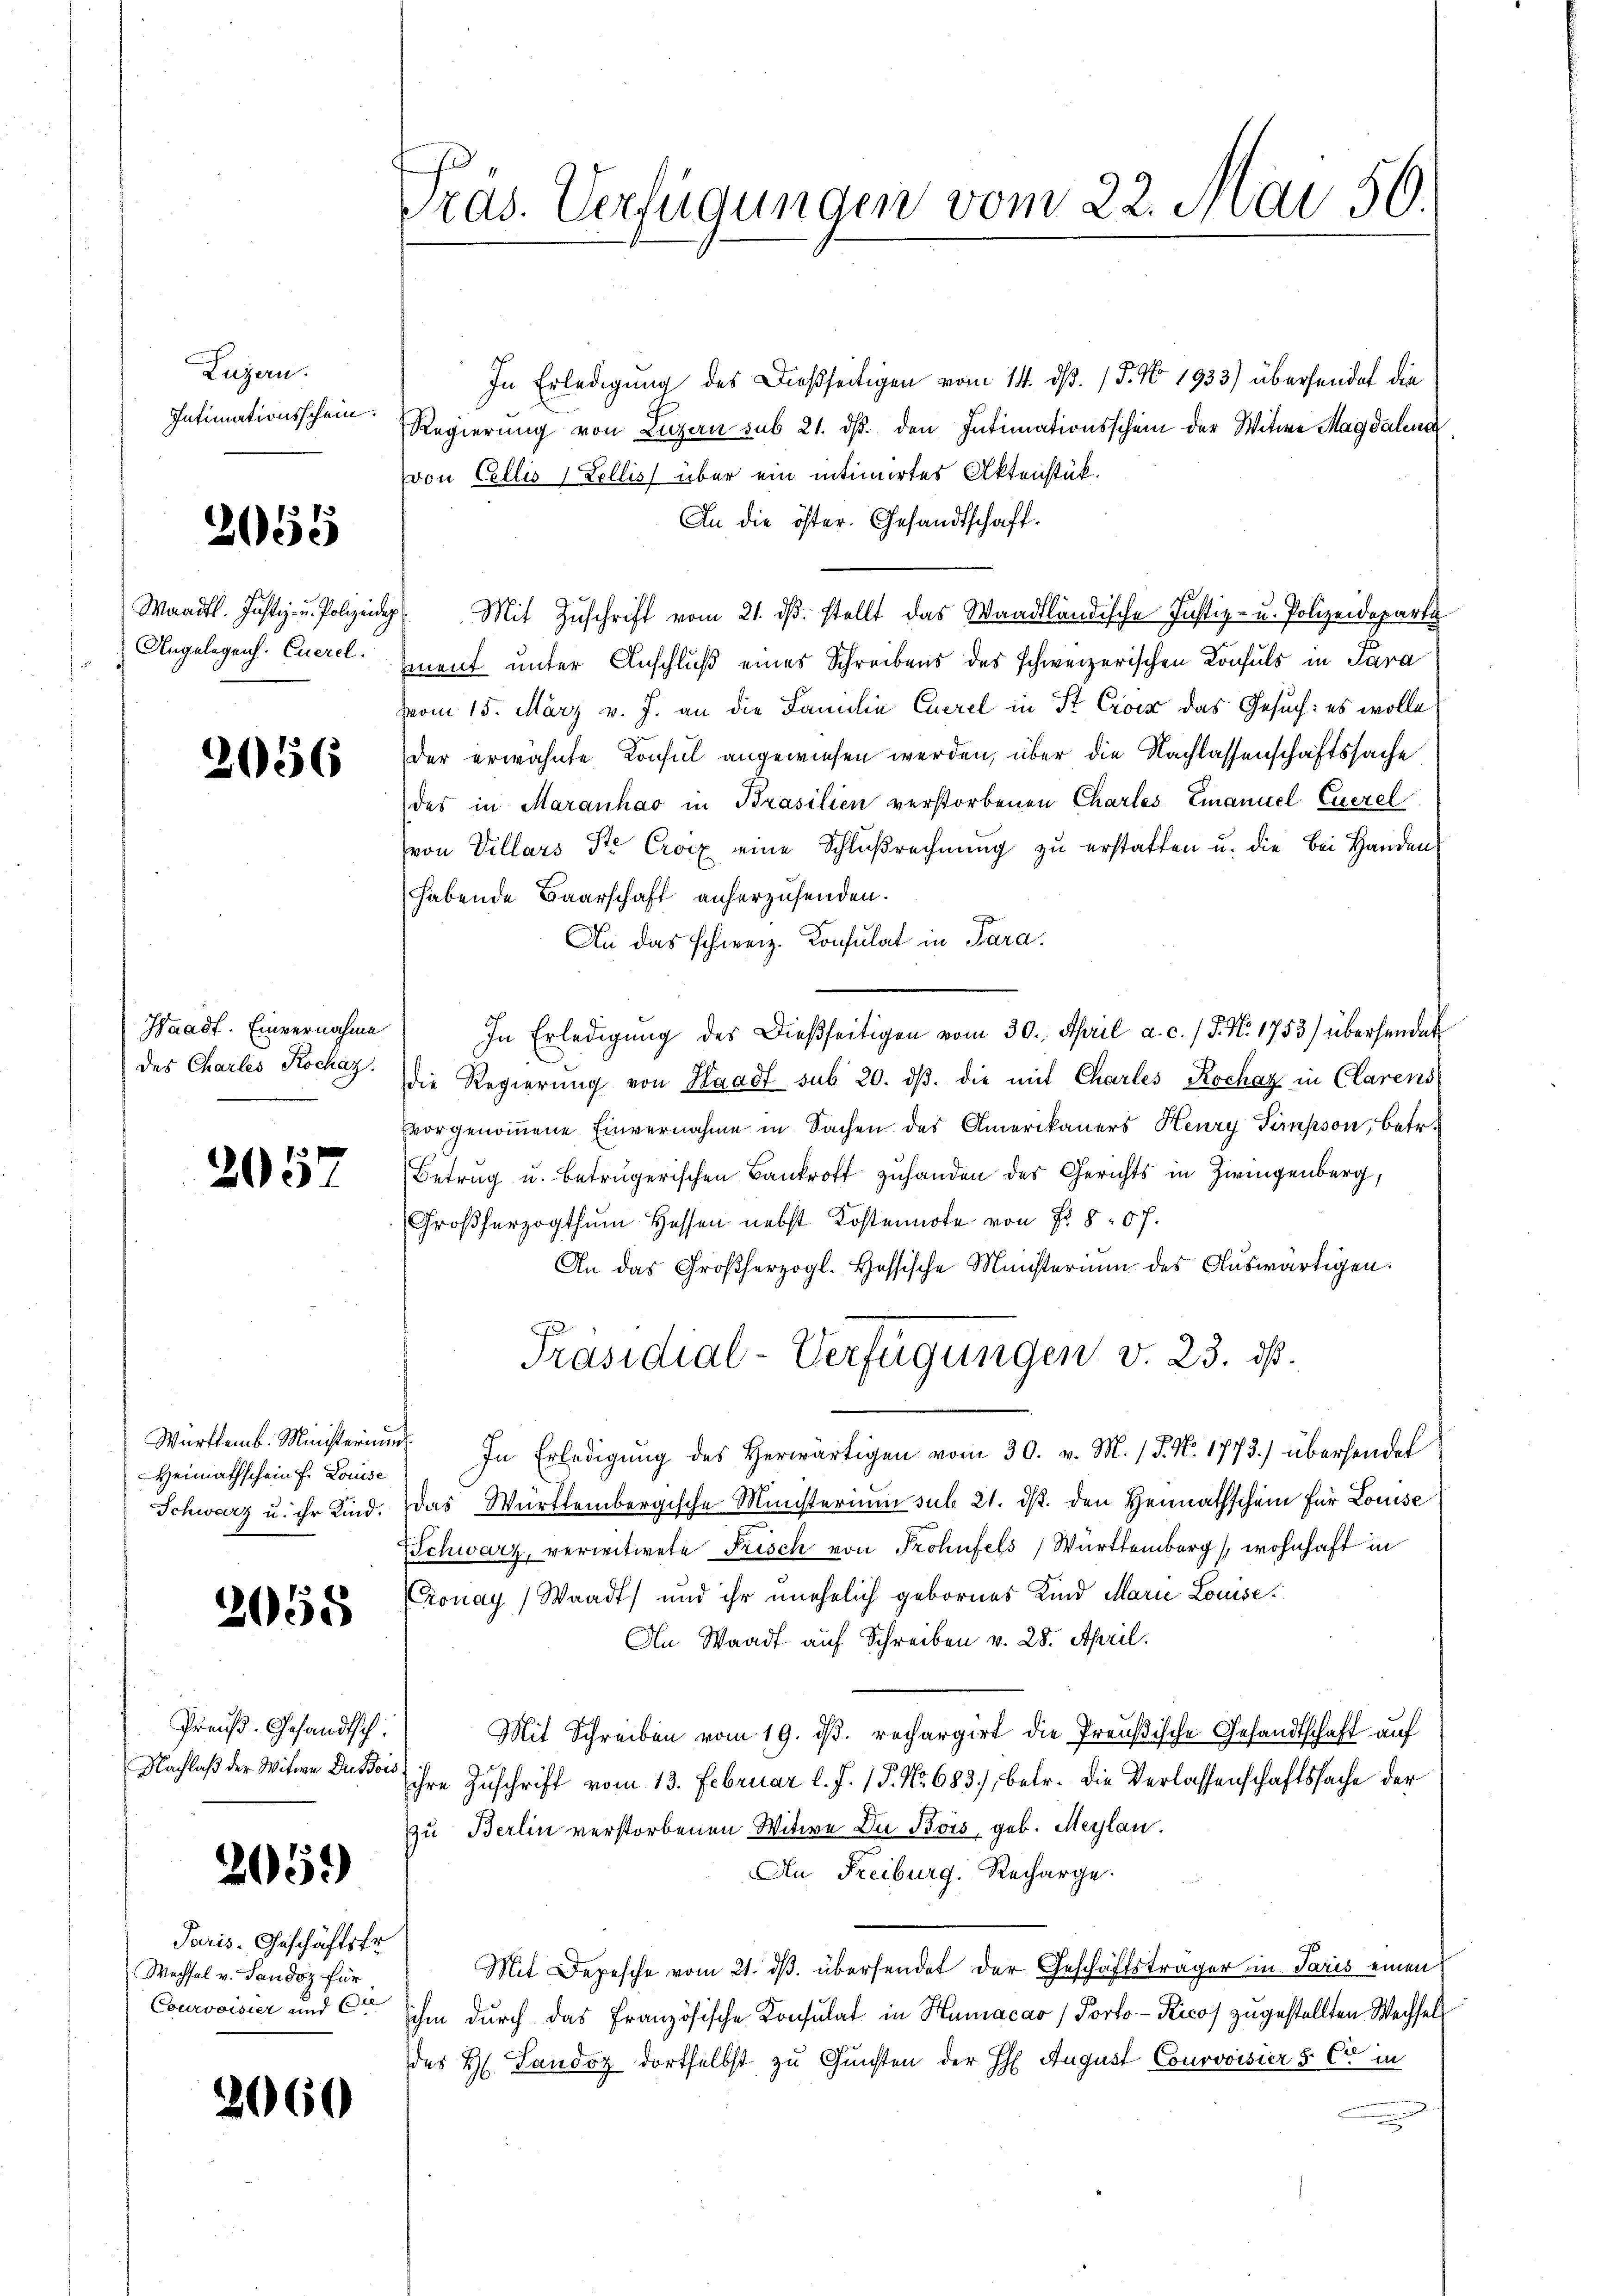
Luzern.
Intimationsschein.

2055

Waadt. Justiz- u. Polizeidig
Angelegens. Euerel.

2056

Waadt. Einvernahme
des Charles Rochaz.

2057.

Württemb. Ministerium
Heimathschein f. Louise

2055

Preuß. Gesandtsch.

2059)

Paris-Geschäftsfr.
Wachsel v. Sandoz für
Courvoisier und Cre

2060

Pras. Verfügungen vom 22. Mai 50.

In Erledigung des Dießseitigen vom 14. d. 15. No 1933) übersendet die
Regierung von Luzern sub 21. ds. den Intimationsschein der Witwe Magdalena
von Collis 1 Zollis über ein intimirtes Aktenstük.
An die öster. Gesandtschaft.
7 Mit Zuschrift vom 21. dβ. stellt das Waadtländische Justiz- u. Polizeideparte
ment unter Anschluß eines Schreibens des schweizerischen Konsuls in Para
vom 15. März v. J. an die Familie Euerel in St. Civis das Gesuch: es wolle
der erwähnte Konsul angewiesen werden, über die Nachlassenschaftssache
des in Maranhar in Brasilien verstorbenen Charles Emanuel Euerel
von Villars Sr. Croix eine Schlußrechnŭng zu erstatten u. die bei Handen
habende Baarschaft anherzusenden.
An das schweiz. Konsulat in Para
In Erledigŭng des dießseitigen vom 30. April a. c. / 5. No. 1753) übersendet
die Regierung von Waadt sub 20. dβ. die mit Charles Kochaz in Clarens
Evorgenoṁene Einvernahme in Sachen des Amerikaners Henry Simpson, betr.
Betrug u. beträgerischen Bankroff zuhanden des Gerichts in Zwingenberg,
Großherzogthum Hessen nebst Kostennote von Fr. 807.
An das Großherzogl. Hessische Ministerium des Auswärtigen:
Präsidial-Verfügungen v. 23. ds.
In Erledigŭng des Herwärtigen vom 30. v. M. / 5. No. 1773.) übersendet
Schwarz u. ihr Kind. Das Württembergische Ministerium sub 21. ds. den Heimathschein für Louise
Schwarz, verwitwete Frisch von Frohnfels Württemberg wohnhaft in
Cronay (Waadt und ihr unehelich gebornes Kind Marie Louise
An Waadt auf Schreiben v. 28. April.
Mit Schreiben vom 19. dβ. rechargirt die Preußische Gesandtschaft auf
Nachlaß der Witwe Dressor ihre Zuschrift vom 13. Februar l. J. 17. No. 683, betr. die Verlassenschaftssache der
zu Berlin verstorbenen Witwe Du Bois, geb. Maylan
An Freiburg. Recharge.
Mit Depesche vom 21. ds. übersendet der Geschäftsträger in Paris einen
ihm durch das französische Konsulat in Humacao (Porto-Kico zugestellten Wechsels
des H. Landoz dortselbst zu Gunsten der H August Courovisier § 65 in